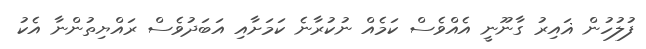
ފުލުހުން ޣައިރު ގާނޫނީ އެއްވެސް ކަމެއް ނުކުރާނެ ކަމަށާއި އަބަދުވެސް ރައްޔިތުންނާ އެކު